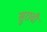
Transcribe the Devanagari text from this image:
सुरावी